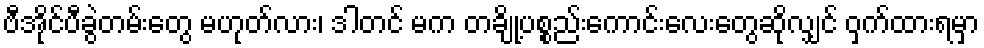
ဗီအိုင်ပီခွဲတမ်းတွေ မဟုတ်လား၊ ဒါတင် မက တချို့ပစ္စည်းကောင်းလေးတွေဆိုလျှင် ဝှက်ထားရမှာ